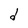
Character: d